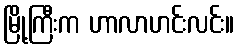
မြို့ကြီးက ဟာလာဟင်းလင်း။